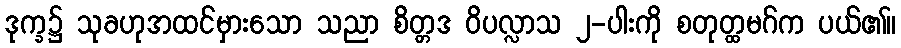
ဒုက္ခ၌ သုခဟုအထင်မှားသော သညာ စိတ္တဒ ဝိပလ္လာသ ၂-ပါးကို စတုတ္ထမဂ်က ပယ်၏။